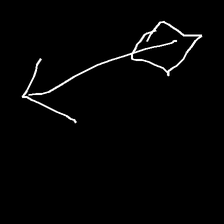
Glyph: focus